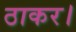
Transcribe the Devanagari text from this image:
ठाकर।